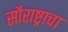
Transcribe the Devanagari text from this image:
सौराष्ट्राचा